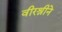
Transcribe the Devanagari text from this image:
वीरश्रीने